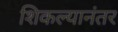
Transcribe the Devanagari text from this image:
शिकल्यानंतर